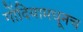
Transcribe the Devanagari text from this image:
गोंदियामधूनच